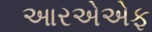
આરએએફ